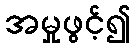
အမှုဖွင့်၍